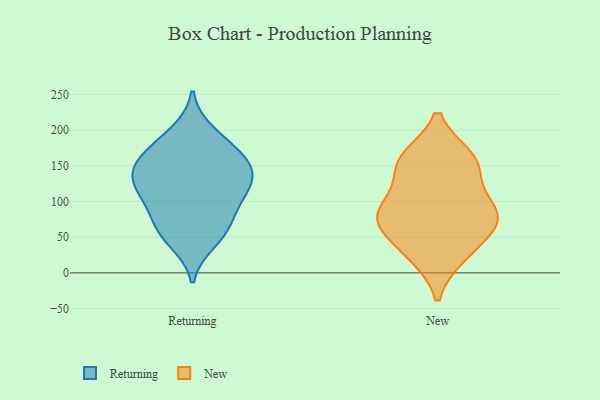
{"axis": {"x": "Satisfaction Score", "y": "Value"}, "legend": ["New", "Returning"], "data": [{"x": "", "y": 124, "type": "Returning"}, {"x": "", "y": 176, "type": "Returning"}, {"x": "", "y": 44, "type": "Returning"}, {"x": "", "y": 151, "type": "Returning"}, {"x": "", "y": 55, "type": "Returning"}, {"x": "", "y": 142, "type": "Returning"}, {"x": "", "y": 197, "type": "Returning"}, {"x": "", "y": 104, "type": "Returning"}, {"x": "", "y": 113, "type": "Returning"}, {"x": "", "y": 174, "type": "Returning"}, {"x": "", "y": 111, "type": "Returning"}, {"x": "", "y": 68, "type": "Returning"}, {"x": "", "y": 144, "type": "Returning"}, {"x": "", "y": 148, "type": "Returning"}, {"x": "", "y": 74, "type": "Returning"}, {"x": "", "y": 83, "type": "New"}, {"x": "", "y": 70, "type": "New"}, {"x": "", "y": 83, "type": "New"}, {"x": "", "y": 97, "type": "New"}, {"x": "", "y": 28, "type": "New"}, {"x": "", "y": 24, "type": "New"}, {"x": "", "y": 137, "type": "New"}, {"x": "", "y": 81, "type": "New"}, {"x": "", "y": 60, "type": "New"}, {"x": "", "y": 156, "type": "New"}, {"x": "", "y": 160, "type": "New"}, {"x": "", "y": 161, "type": "New"}]}